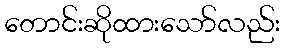
တောင်းဆိုထားသော်လည်း